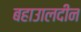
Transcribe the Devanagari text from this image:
बहाउालदीन